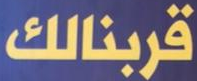
قربنالك